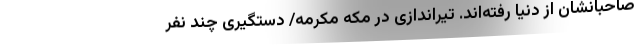
صاحبانشان از دنیا رفته‌اند. تیراندازی در مکه مکرمه/ دستگیری چند نفر